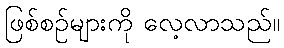
ဖြစ်စဉ်များကို လေ့လာသည်။